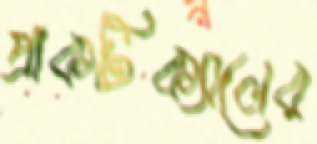
প্রাকটিক্যালের